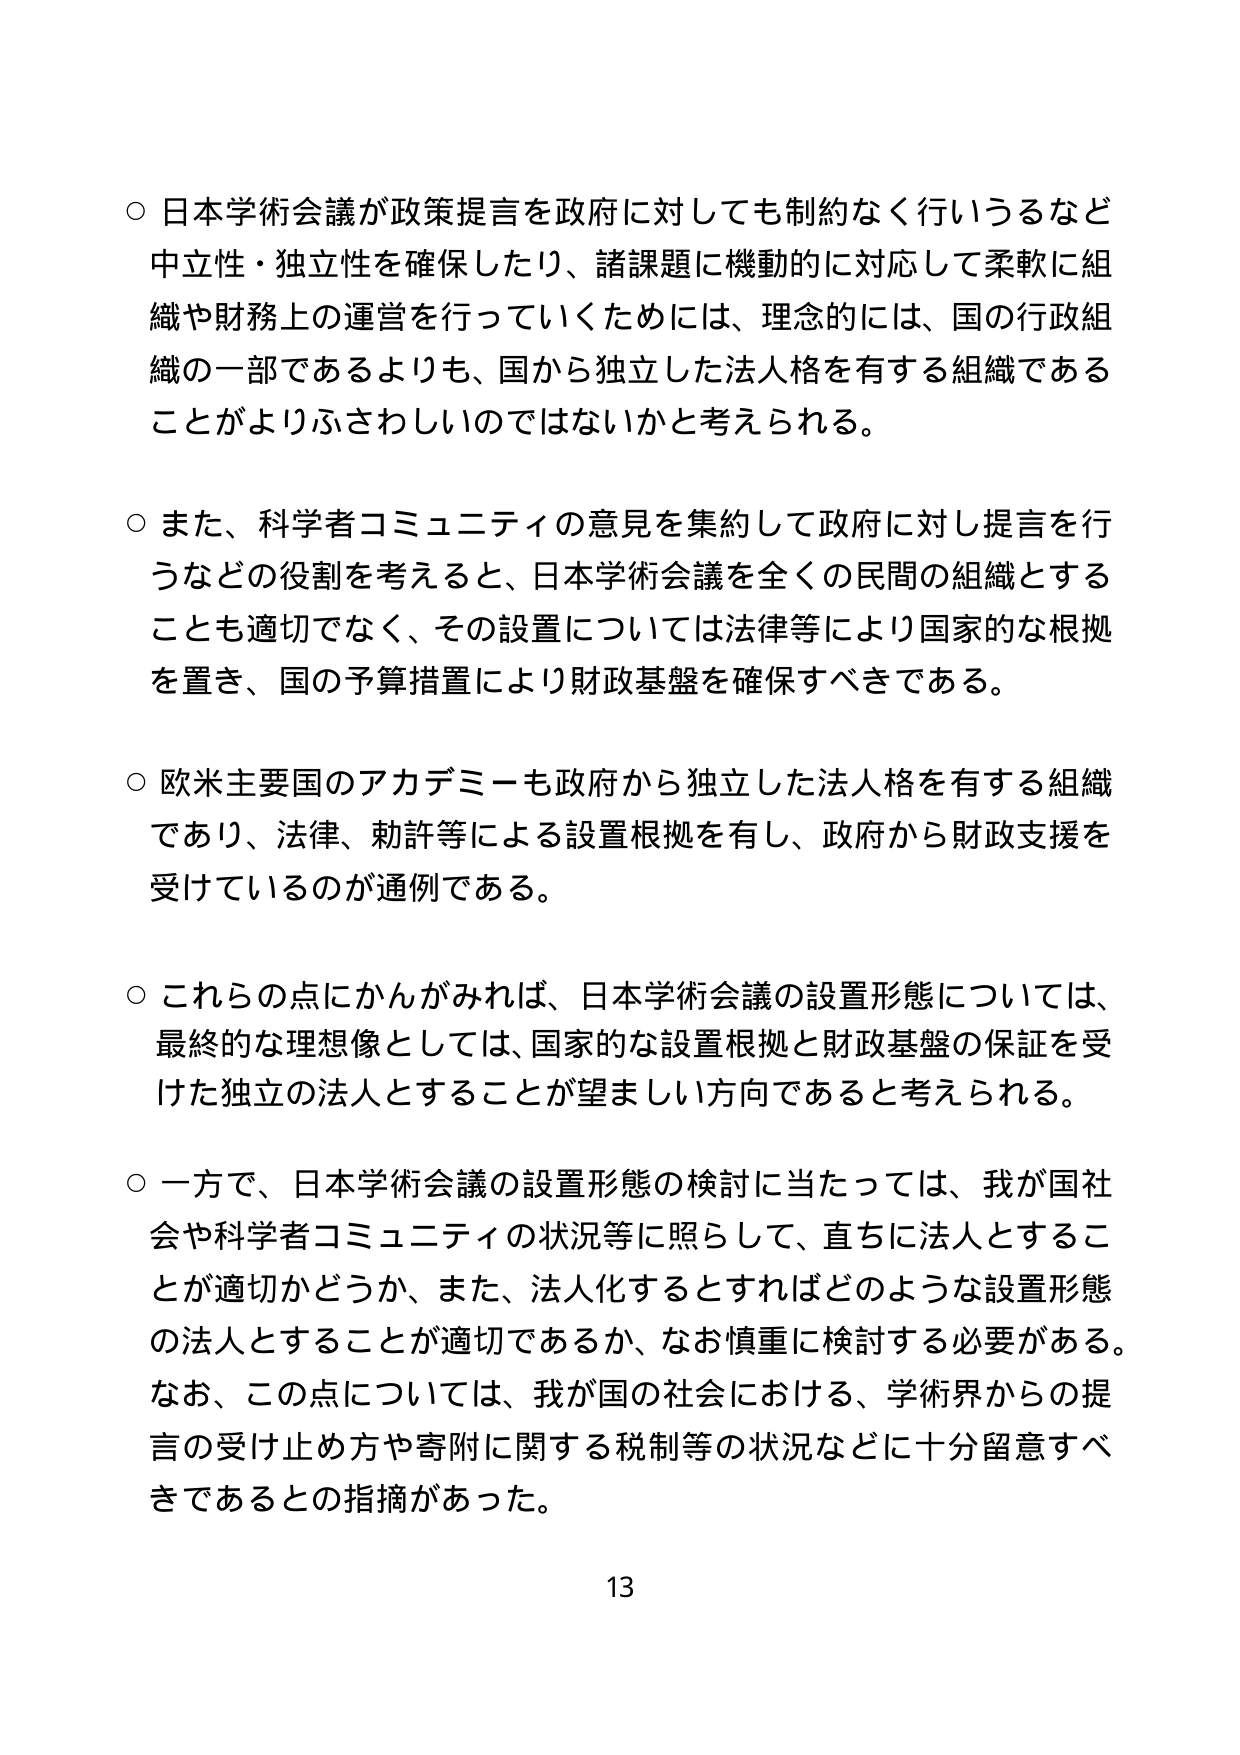
○ 日本学術会議が政策提言を政府に対しても制約なく行いうるなど中立性・独立性を確保したり、諸課題に機動的に対応して柔軟に組織や財務上の運営を行っていくためには、理念的には、国の行政組織の一部であるよりも、国から独立した法人格を有する組織であることがよりふさわしいのではないかと考えられる。

○ また、科学者コミュニティの意見を集約して政府に対し提言を行うなどの役割を考えると、日本学術会議を全くの民間の組織とすることも適切でなく、その設置については法律等により国家的な根拠を置き、国の予算措置により財政基盤を確保すべきである。

○ 欧米主要国のアカデミーも政府から独立した法人格を有する組織であり、法律、勅許等による設置根拠を有し、政府から財政支援を受けているのが通例である。

○ これらの点にかんがみれば、日本学術会議の設置形態については、最終的な理想像としては、国家的な設置根拠と財政基盤の保証を受けた独立の法人とすることが望ましい方向であると考えられる。

○ 一方で、日本学術会議の設置形態の検討に当たっては、我が国社会や科学者コミュニティの状況等に照らして、直ちに法人とすることが適切かどうか、また、法人化するとすればどのような設置形態の法人とすることが適切であるか、なお慎重に検討する必要がある。なお、この点については、我が国の社会における、学術界からの提言の受け止め方や寄附に関する税制等の状況などに十分留意すべきであるとの指摘があった。

13